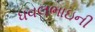
ધવલભાઇની